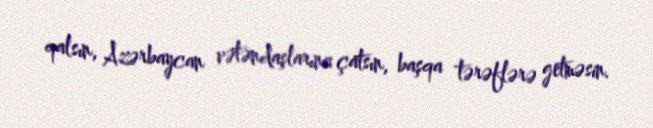
qalsın, Azərbaycan vətəndaşlarına çatsın, başqa tərəflərə getməsin.